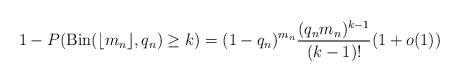
LaTeX: \begin{align*}1-P(\mathrm{Bin}(\lfloor m_n\rfloor,q_n)\geq k)=(1-q_n)^{m_n}\frac{(q_n m_n)^{k-1}}{(k-1)!}(1+o(1))\end{align*}